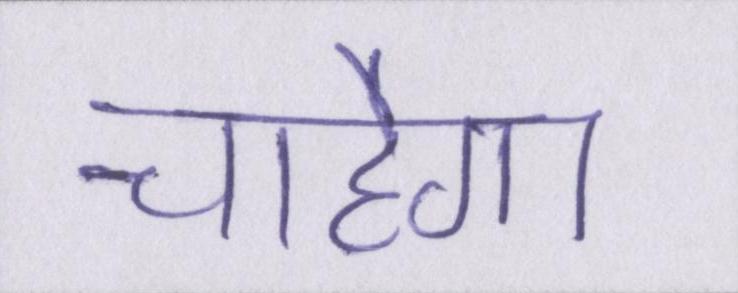
चाहेगा